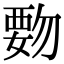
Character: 覅